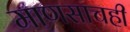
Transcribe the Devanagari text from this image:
माणसाचही